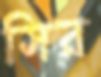
সির